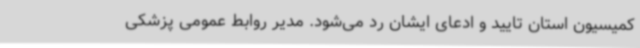
کمیسیون استان تایید و ادعای ایشان رد می‌شود. مدیر روابط عمومی پزشکی